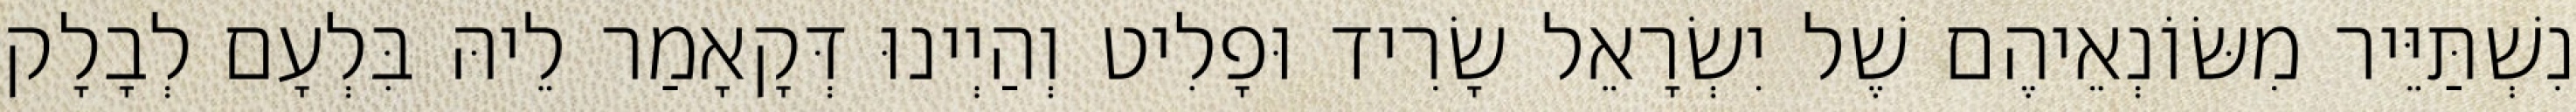
נִשְׁתַּיֵּיר מִשּׂוֹנְאֵיהֶם שֶׁל יִשְׂרָאֵל שָׂרִיד וּפָלִיט וְהַיְינוּ דְּקָאָמַר לֵיהּ בִּלְעָם לְבָלָק